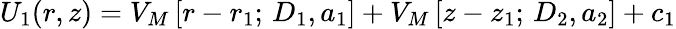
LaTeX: U_{1}(r,z)=V_{M}\left[r-r_{1};\, D_{1},a_{1}\right]+V_{M}\left[z-z_{1};\, D_{2},a_{2}\right]+c_{1}